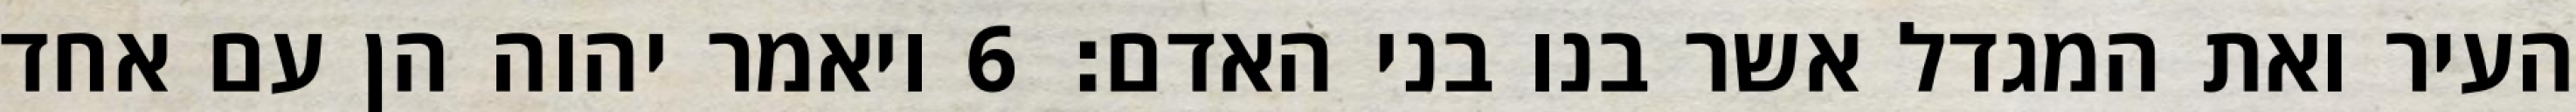
העיר ואת המגדל אשר בנו בני האדם׃ ‎6‏ ויאמר יהוה הן עם אחד